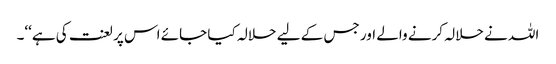
اللہ نے حلالہ کرنے والے اور جس کے لیے حلالہ کیا جائے اس پر لعنت کی ہے‘‘۔